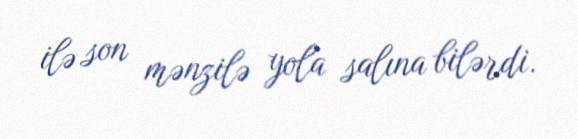
ilə son mənzilə yola salına bilərdi.